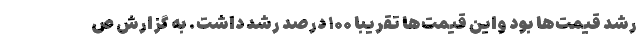
رشد قیمت‌ها بود واین قیمت‌ها تقریبا ۱۰۰ درصد رشد داشت. به گزارش ص